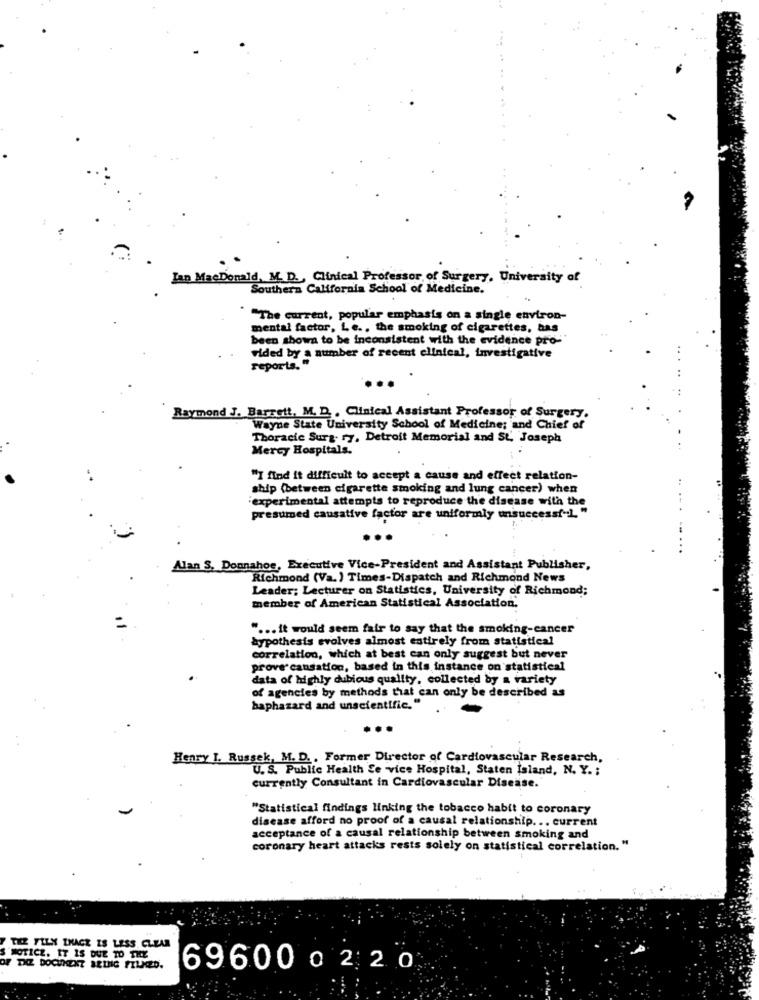
Lan MacDonald, M. D. , Clinical Professor of Surgery, University of
Southern California School of Medicine.
"The current, popular emphasis on a single environ-
mental factor, Le. , the smoking of cigarettes, has
been shown to be inconsistent with the evidence pro-
vided by a number of recent clinical, investigative
reports. "
Raymond J. Barrett, M. D. , Clinical Assistant Professor of Surgery.
Wayne State University School of Medicine; and Chief of
Thoracic Surg. ry, Detroit Memorial and St. Joseph
Mercy Hospitals.
"I find it difficult to accept a cause and effect relation-
ship (between cigarette smoking and lung cancer) when
experimental attempts to reproduce the disease with the
presumed causative factor are uniformly unsuccessf-1. "
Alan S. Dounahoe, Executive Vice-President and Assistant Publisher,
Richmond (Va. ) Times-Dispatch and Richmond News
Leader; Lecturer on Statistics, University of Richmond;
member of American Statistical Association.
" ... it would seem fair to say that the smoking-cancer
hypothesis evolves almost entirely from statistical
correlation, which at best can only suggest but never
prove causation, based in this instance on statistical
data of highly dubious quality, collected by a variety
of agencies by methods that can only be described as
haphazard and unscientific."
Henry I. Russek, M. D ., Former Director of Cardiovascular Research,
U. S. Public Health Se vice Hospital, Staten Island, N. Y. ;
currently Consultant in Cardiovascular Disease.
"Statistical findings linking the tobacco habit to coronary
disease afford no proof of a causal relationship. .. current
acceptance of a causal relationship between smoking and
coronary heart attacks rests solely on statistical correlation. "
TE FILY THACK IS LESS CLEAR
NOTICE. IT IS DUE TO THE
OF TXZ DOCUMENT BEING FILMED.
69600022 0